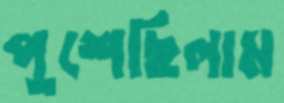
পুশেছিলাম